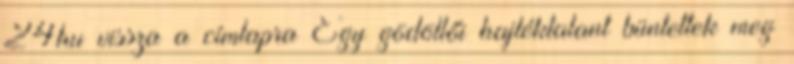
24hu vissza a címlapra Egy gödöllői hajléktalant büntettek meg